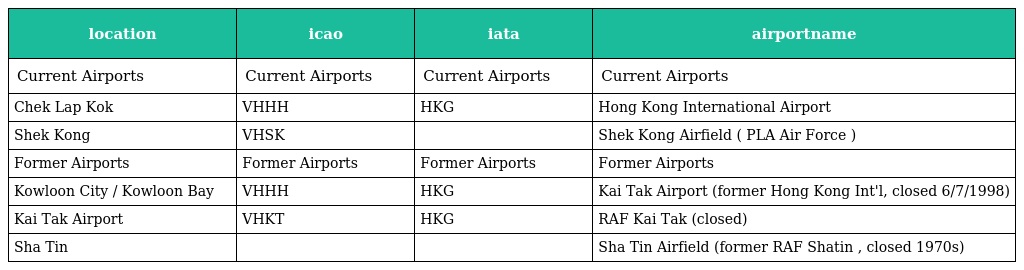
| location | icao | iata | airportname |
 | --- | --- | --- | --- |
 | Current Airports | Current Airports | Current Airports | Current Airports |
 | Chek Lap Kok | VHHH | HKG | Hong Kong International Airport |
 | Shek Kong | VHSK |  | Shek Kong Airfield ( PLA Air Force ) |
 | Former Airports | Former Airports | Former Airports | Former Airports |
 | Kowloon City / Kowloon Bay | VHHH | HKG | Kai Tak Airport (former Hong Kong Int'l, closed 6/7/1998) |
 | Kai Tak Airport | VHKT | HKG | RAF Kai Tak (closed) |
 | Sha Tin |  |  | Sha Tin Airfield (former RAF Shatin , closed 1970s) |